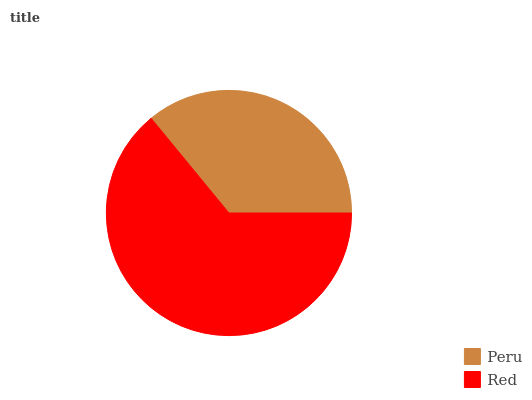
| Peru | Red |
 | --- | --- |
 | 36% | 64% |